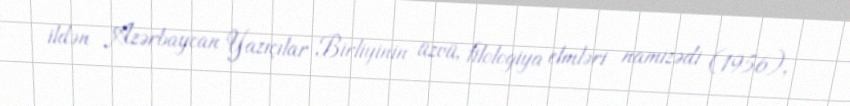
ildən Azərbaycan Yazıçılar Birliyinin üzvü, filologiya elmləri namizədi (1956),